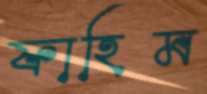
ফাহিম